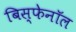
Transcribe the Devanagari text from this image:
बिस्फेनॉल